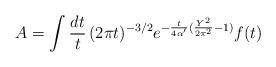
LaTeX: \begin{align*}A = \int \frac{dt}{t}\, (2\pi t)^{-3/2}e^{-{t \over 4\alpha'}({Y^2 \over 2\pi^2}-1)} f(t)\end{align*}